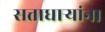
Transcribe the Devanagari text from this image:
सत्ताधाऱ्यांना